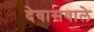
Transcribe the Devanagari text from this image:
देवासवाले